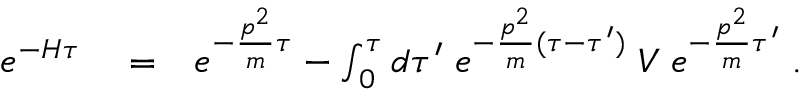
\begin{array} { r l r } { e ^ { - H \tau } } & { { } = } & { e ^ { - \frac { p ^ { 2 } } { m } \tau } - \int _ { 0 } ^ { \tau } d \tau ^ { \prime } \; e ^ { - \frac { p ^ { 2 } } { m } ( \tau - \tau ^ { \prime } ) } \; V \; e ^ { - \frac { p ^ { 2 } } { m } \tau ^ { \prime } } \; . } \end{array}